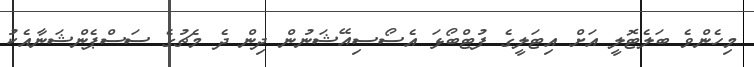
މިހެންވެ ބަލެޓޮލީ އަށް އިޓަލީގެ ފުޓްބޯޅަ އެސޯސިއޭޝަނުން ދިން ދެ މެޗުގެ ސަސްޕެންޝަނާއެކު